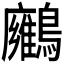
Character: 𪇛